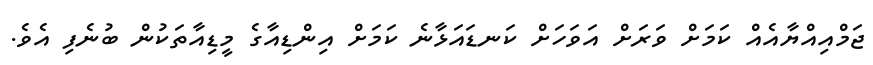
ޖަމްއިއްޔާއެއް ކަމަށް ވަރަށް އަވަހަށް ކަނޑައަޅާނެ ކަމަށް އިންޑިއާގެ މީޑިއާތަކުން ބުނެފި އެވެ.